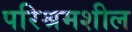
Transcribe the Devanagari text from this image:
परिश्रमशील